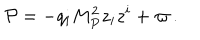
LaTeX: { \cal P } = - q _ { i } M _ { P } ^ { 2 } z _ { i } z ^ { i } + \varpi \, .